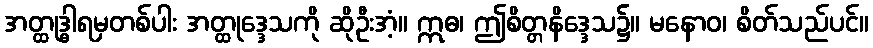
အတ္ထုဒ္ဓါရမှတစ်ပါး အတ္ထုဒ္ဒေသကို ဆိုဦးအံ့။ ဣဓ၊ ဤစိတ္တနိဒ္ဒေသ၌။ မနောဝ၊ စိတ်သည်ပင်။